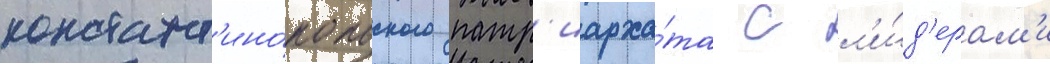
констант'ино́польского патр'иарха́та с л'и́д'ерам'и